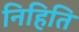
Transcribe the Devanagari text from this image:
निहिति